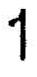
1